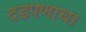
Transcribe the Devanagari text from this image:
दडपणाचा